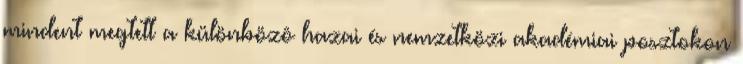
mindent megtett a különbözô hazai és nemzetközi akadémiai posztokon